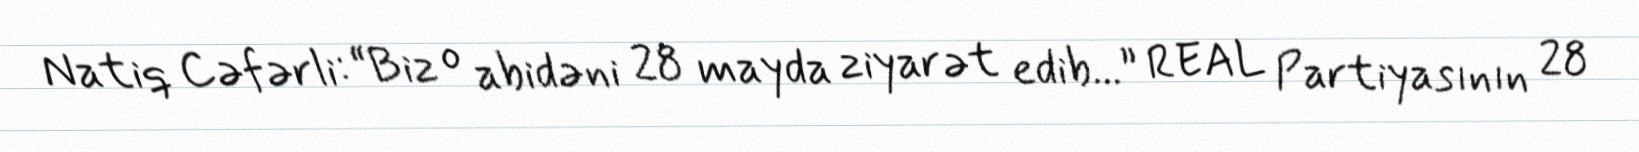
Natiq Cəfərli: “Biz o abidəni 28 mayda ziyarət edib...” REAL Partiyasının 28